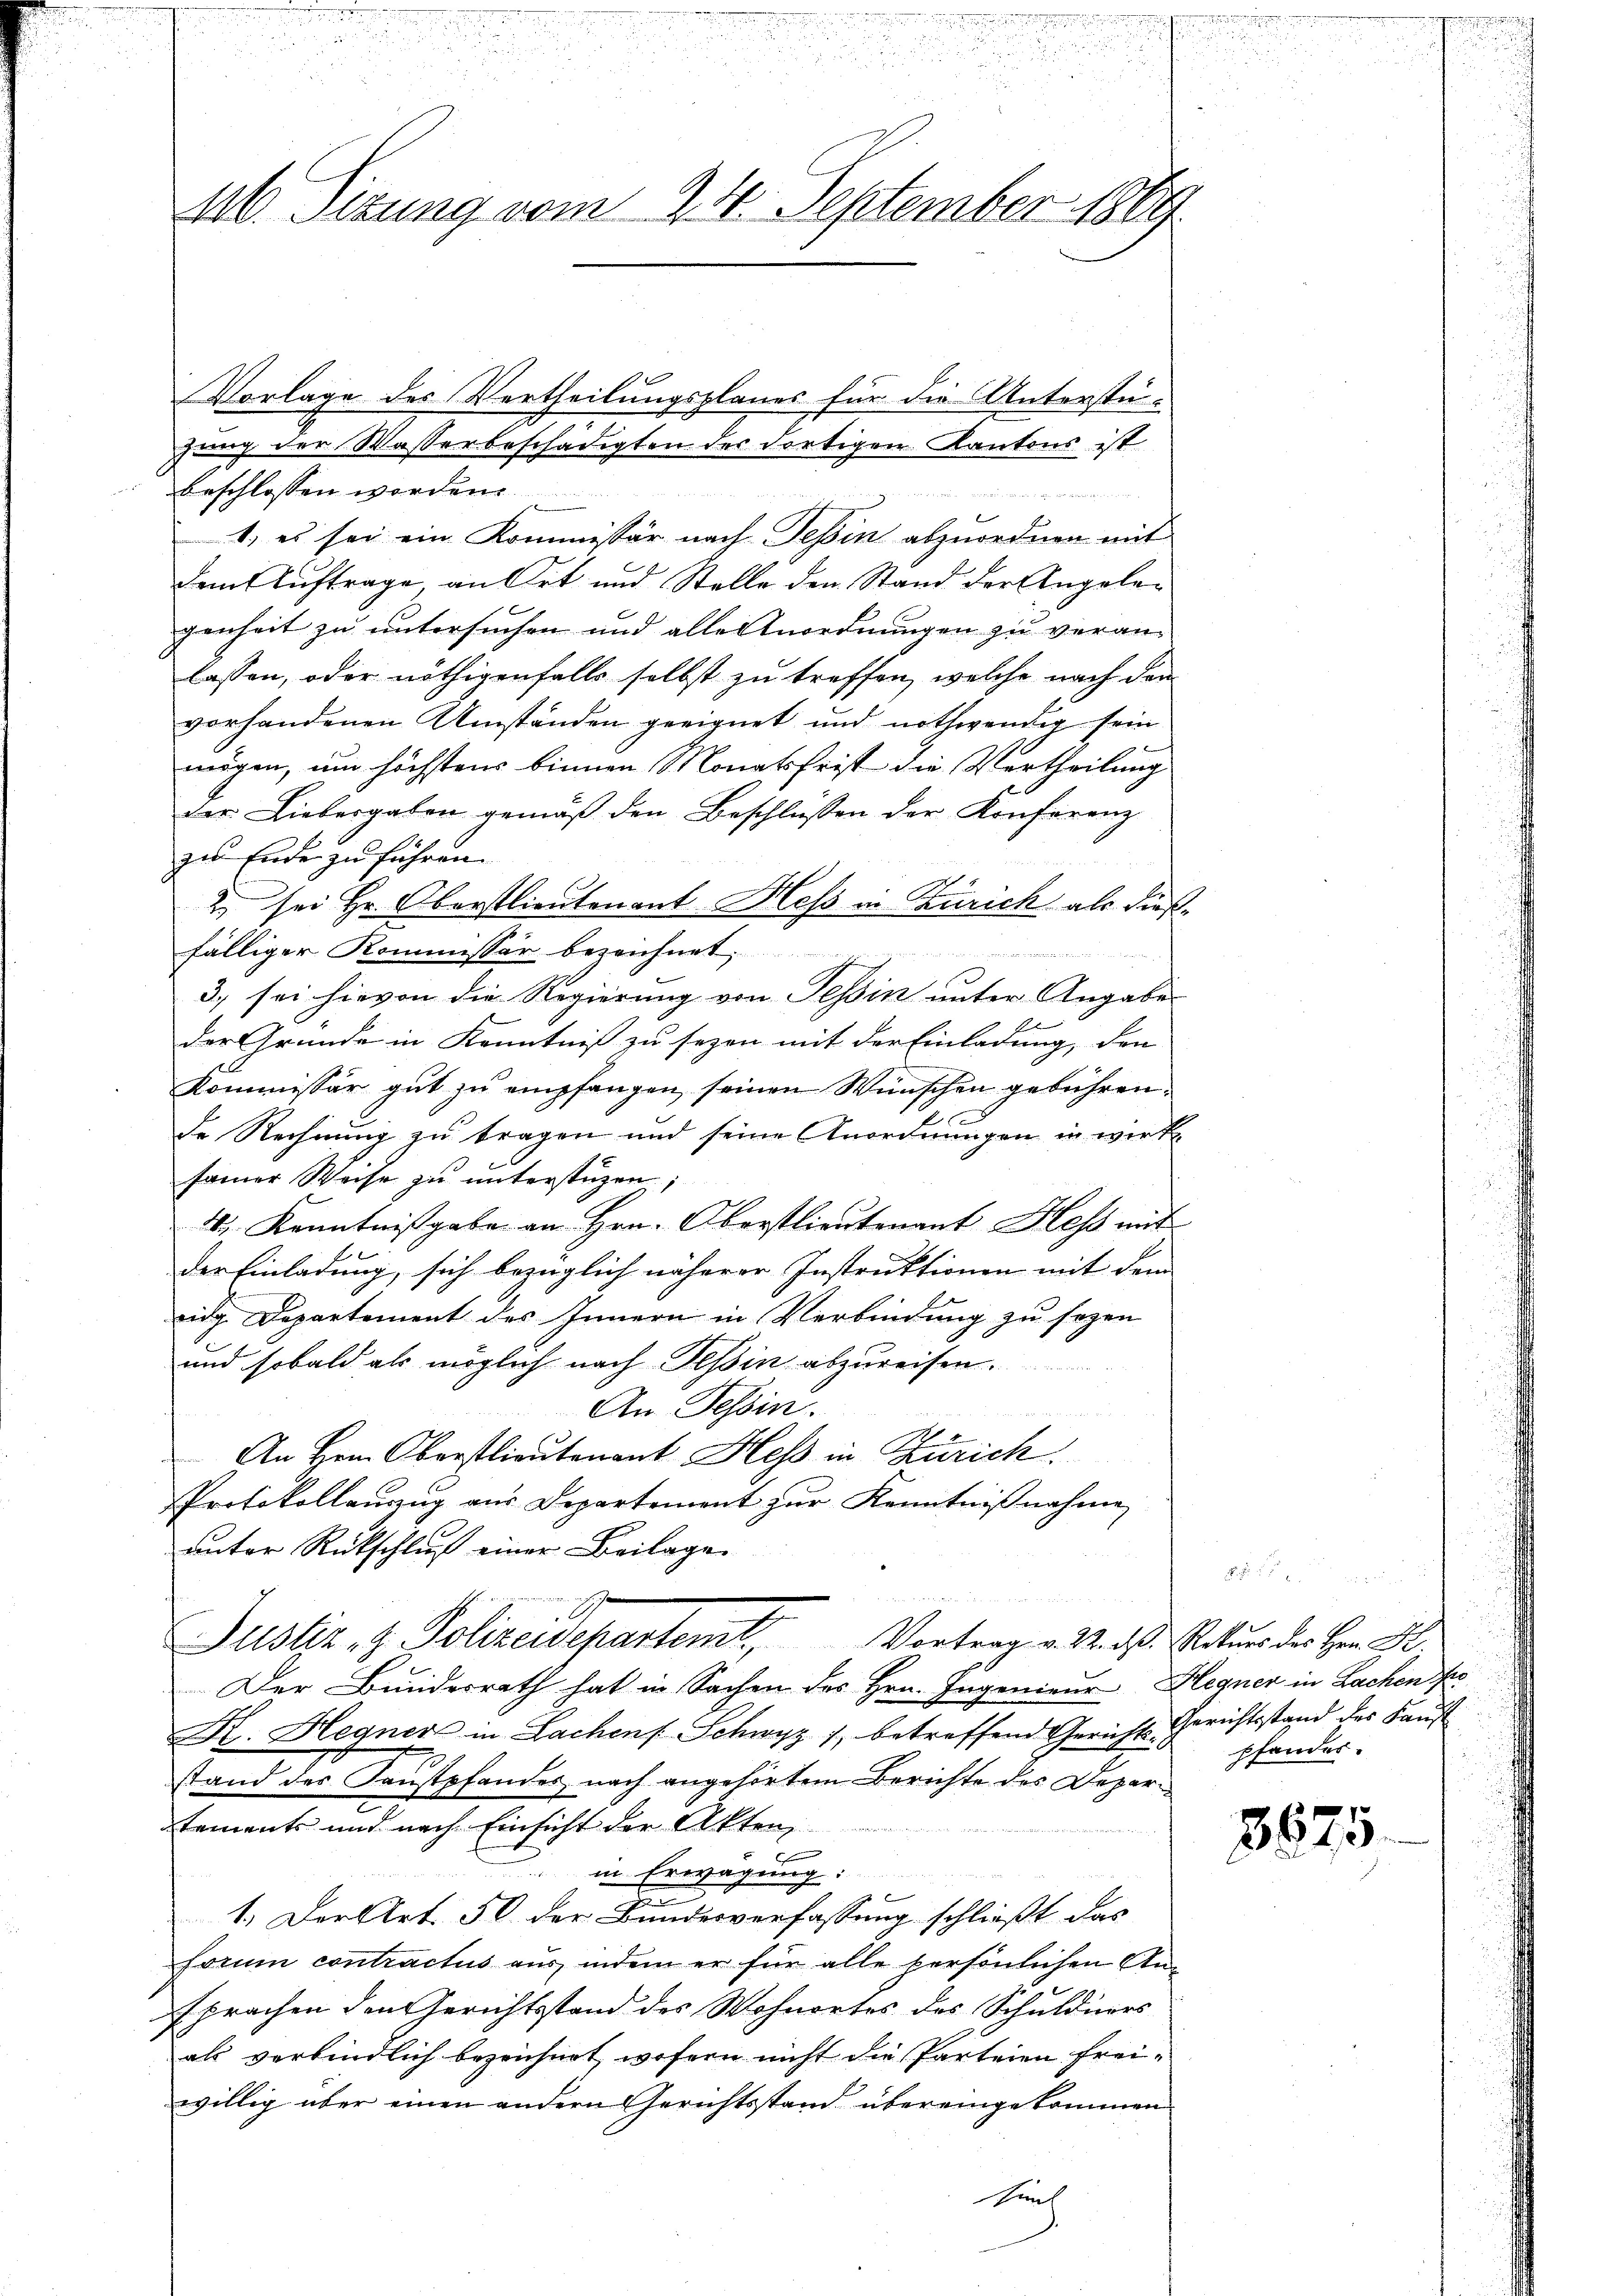
26. Situng vom 24. September 1889.

Vorlage des Vertheilungsplanes für die Unterstüzung der Wasserbeschädigten der dortigen Kantons ist
beschlossen worden.

1. es sei ein Kommissär nach Tessin abzuordnen mit
dem Auftrage, an Ort und Stelle den Stand der Angelagenheit zu untersuchen und alle Anordnungen zu veran-
lassen, oder nöthigenfalls selbst zu treffen, welche nach den
vorhandenen Umständen geeignet und nothwendig sein
mögen, um höchstens binnen Monatsfrist die Vertheilung
der Liebesgaben gemäβ den Beschlüssen der Konferenz
zu Ende zu führen.
2 sei Hr. Oberstlieutenant Hess in Zürich als dießfälliger Kommissär bezeichnet.
3) sei hievon die Regierung von Tessin unter Angabe
7
der Gründe in Kenntniß zu sezen mit der Einladung, den
Kommissär gut zu empfangen, seinen Wünschen gebühren.
e
de Rechnung zu tragen und seine Anordnungen in wirk
samer Weise zu unterstüzen;
44, Kenntnißgabe an Hrn. Oberstlieutenant Hess mit
der Einladung, sich bezüglich näherer Instruktionen mit dem
idg. Departement des Innern in Verbindung zu sezen
und sobald als möglich nach Tessin abzureisen.
An Tessin.
An Hrn. Oberstlieutenant Hess in Zürich.
Protokollauszug aus Departement zur Kenntnißnahme
unter Rückschluß einer Beilage
u
7
Justiz- & Polizeidepartemt. Vortrag v. 22. ds. Rekurs des Hrn. K.
Der Bundesrath hat in Sachen des Hrn. Ingenieur Hegner in Lachen so
K. Hegner in Lachen Schwyz 1, betreffend Gericht-Gerichtsstand des Faust
stand des Faustpfandes nach angehörtem Berichte des Departements und nach Einsicht der Akten,
in Erwägung:
1. Der Art. 50 der Bundesverfassung schließt das
forum contractus aus, indem er für alle persönlichen Ansprachen den Gerichtsstand des Wohnortes des Schuldners
als verbindlich bezeichnet, wofern nicht die Parteien frei-
willig über einen andern Gerichtsstand übereingekommen.
sint

pfander.

3675